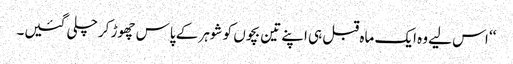
‘‘ اس لیے وہ ایک ماہ قبل ہی اپنے تین بچوں کو شوہر کے پاس چھوڑ کر چلی گئیں۔